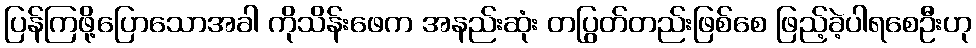
ပြန်ကြဖို့ပြောသောအခါ ကိုသိန်းဖေက အနည်းဆုံး တပြွတ်တည်းဖြစ်စေ ဖြည့်ခဲ့ပါရစေဦးဟု